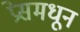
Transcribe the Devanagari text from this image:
प्रेसमधून